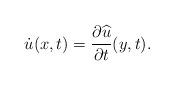
LaTeX: \begin{align*} \dot u (x,t)= \frac{\partial \widehat u}{\partial t}(y,t).\end{align*}